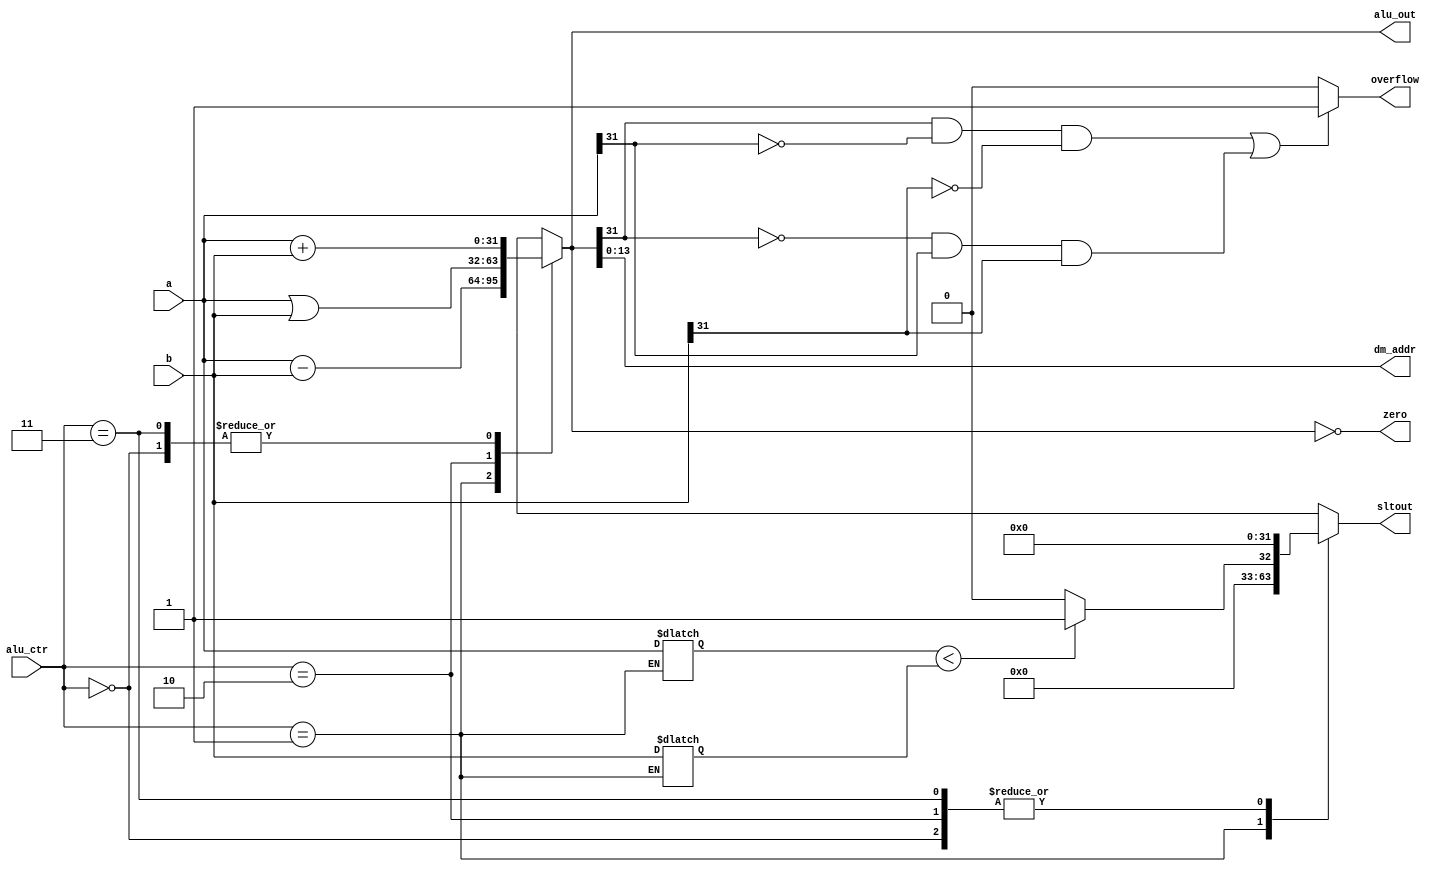
module ALU(a,b,alu_ctr,alu_out,zero,overflow,sltout,dm_addr);
   input [31:0] a,b;        //32-bit input data
   input [1:0] alu_ctr;     //00 add; 01 sub; 10 or; 11 addi 
   output zero;
   output overflow;
   output reg [31:0] alu_out;
   output reg [31:0] sltout;
   output [13:0] dm_addr;
   assign dm_addr=alu_out[13:0];
   reg signed [31:0] signed_a,signed_b;

   always@(*)
   begin
      case(alu_ctr)
         2'b00:
            begin
               alu_out <= a+b;
               sltout <= 32'd0;
            end
         2'b01:
            begin
               alu_out <= a-b;
               signed_a <= a;
               signed_b <= b;
               if(signed_a<signed_b) sltout <= 32'd1;
               else sltout <= 32'd0;
            end
         2'b10:
            begin
               alu_out <= a|b;
               sltout <= 32'd0;
            end
         2'b11:
            begin
               alu_out <= a+b;
               sltout <= 32'd0;
            end
      endcase
      end

   assign overflow=((alu_out[31] && (!a[31]) && (!b[31]))||((~alu_out[31]) && a[31] && b[31])) ? 1 : 0;
   assign zero = (alu_out == 0);

endmodule